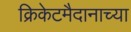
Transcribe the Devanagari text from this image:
क्रिकेटमैदानाच्या